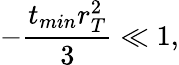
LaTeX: -{\frac{t_{min}r_{T}^{2}}{3}}\ll 1,